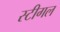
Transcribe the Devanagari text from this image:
स्टीगल